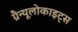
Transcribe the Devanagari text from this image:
ग्रैन्यूलोकाइट्स